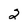
Character: 2